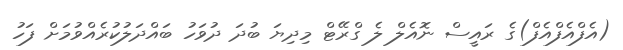
(އެފްއެފްއެފް)ގެ ރައީސް ނޮއެލް ލެ ގްރޭޓް މިދިޔަ ބުދަ ދުވަހު ބައްދަލުކުރެއްވުމަށް ފަހު